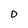
Character: O